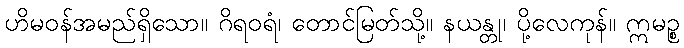
ဟိမဝန်အမည်ရှိသော။ ဂိရဝရံ၊ တောင်မြတ်သို့။ နယန္တု၊ ပို့လေကုန်။ ဣမဉ္စ